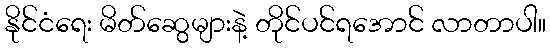
နိုင်ငံရေး မိတ်ဆွေများနဲ့ တိုင်ပင်ရအောင် လာတာပါ။